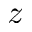
z